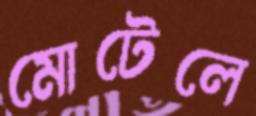
মোটেলে